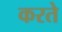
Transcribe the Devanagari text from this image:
करते